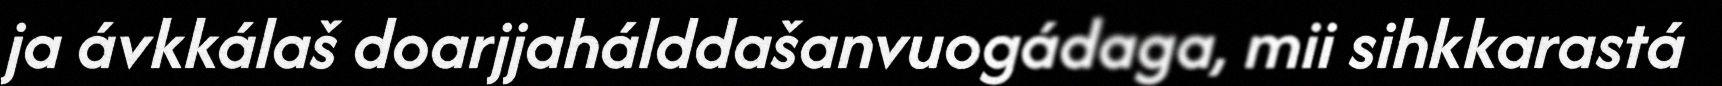
ja ávkkálaš doarjjahálddašanvuogádaga, mii sihkkarastá